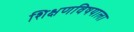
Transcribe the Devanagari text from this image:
शिक्षणविषयाला